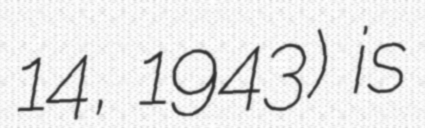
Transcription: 14, 1943) is